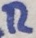
Text: R